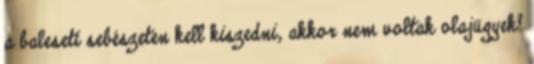
a baleseti sebészeten kell kiszedni, akkor nem voltak olajügyek?